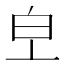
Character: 𤼿